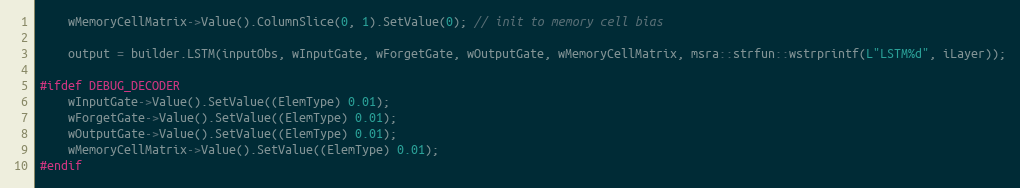
Language: C++
    wMemoryCellMatrix->Value().ColumnSlice(0, 1).SetValue(0); // init to memory cell bias

    output = builder.LSTM(inputObs, wInputGate, wForgetGate, wOutputGate, wMemoryCellMatrix, msra::strfun::wstrprintf(L"LSTM%d", iLayer));

#ifdef DEBUG_DECODER
    wInputGate->Value().SetValue((ElemType) 0.01);
    wForgetGate->Value().SetValue((ElemType) 0.01);
    wOutputGate->Value().SetValue((ElemType) 0.01);
    wMemoryCellMatrix->Value().SetValue((ElemType) 0.01);
#endif